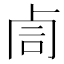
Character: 𠧰